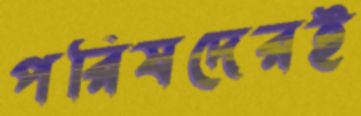
পরিষদেরই